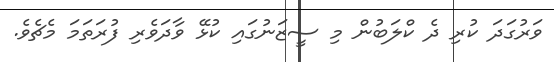
ވަރުގަދަ ކުރި ދެ ކްލަބުން މި ސީޒަނުގައި ކުޅޭ ވާދަވެރި ފުރަތަމަ މެޗެވެ.